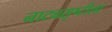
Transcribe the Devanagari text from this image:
नाट्यसृष्टीला